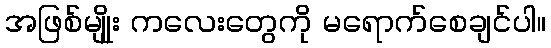
အဖြစ်မျိုုး ကလေးတွေကို မရောက်စေချင်ပါ။